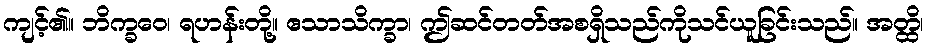
ကျင့်၏။ ဘိက္ခဝေ၊ ရဟန်းတို့။ ဧသာသိက္ခာ၊ ဤဆင်တတ်အစရှိသည်ကိုသင်ယူခြင်းသည်။ အတ္ထိ၊